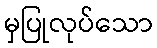
မှပြုလုပ်သော